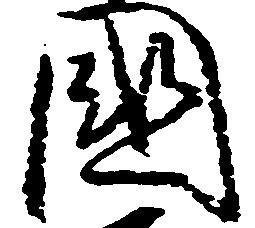
国